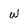
Character: w